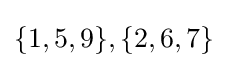
\{1,5,9\},\{2,6,7\}